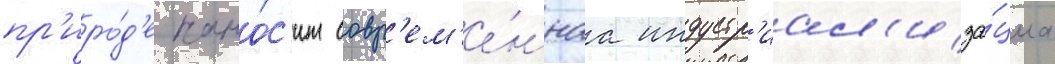
пр'иро́д'е нано́с'ит совр'ем'е́ннаа индустр'иал'иза́циа